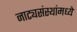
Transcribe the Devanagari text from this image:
नाट्यसंस्थांमध्ये